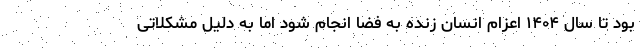
بود تا سال ۱۴۰۴ اعزام انسان زنده به فضا انجام شود اما به دلیل مشکلاتی